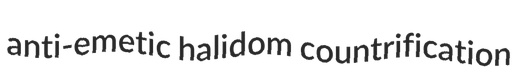
anti-emetic halidom countrification